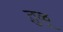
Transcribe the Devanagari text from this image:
तु़ळू